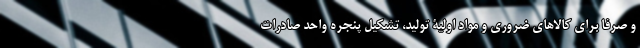
و صرفا برای کالاهای ضروری و مواد اولیۀ تولید، تشکیل پنجره واحد صادرات